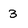
Character: 3